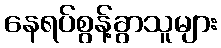
နေရပ်စွန့်ခွာသူများ